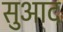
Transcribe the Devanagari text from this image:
सुआद